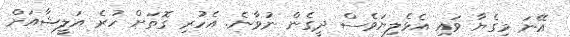
އޭނަ މިގެޔާ ވައި އެޅެލިޔަވެސް ދީގެން ނުވާނެ. އެހުރި ގޮތަށް ހުރެ އަލީޝާއަށް